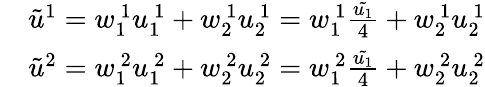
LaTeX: \begin{array}{rl}&{\tilde{u}^{1}=w_{1\ }^{\ 1}u_{1\ }^{\ 1}+w_{2\ }^{\ 1}u_{2\ }^{\ 1}=w_{1\ }^{\ 1}\frac{\tilde{u_{1}}}{4}+w_{2\ }^{\ 1}u_{2\ }^{\ 1}}\\ &{\tilde{u}^{2}=w_{1\ }^{\ 2}u_{1\ }^{\ 2}+w_{2\ }^{\ 2}u_{2\ }^{\ 2}=w_{1\ }^{\ 2}\frac{\tilde{u_{1}}}{4}+w_{2\ }^{\ 2}u_{2\ }^{\ 2}}\end{array}